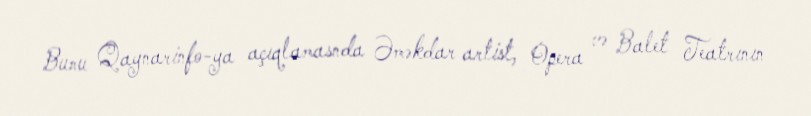
Bunu Qaynarinfo-ya açıqlamasnda Əməkdar artist, Opera və Balet Teatrının